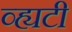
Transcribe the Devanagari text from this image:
व्ह्यटी